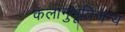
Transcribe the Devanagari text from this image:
कलानुभूतिजन्य